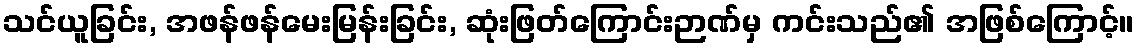
သင်ယူခြင်း, အဖန်ဖန်မေးမြန်းခြင်း, ဆုံးဖြတ်ကြောင်းဉာဏ်မှ ကင်းသည်၏ အဖြစ်ကြောင့်။